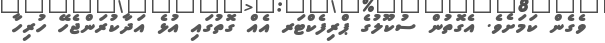
ވެގެން ކަމަށެވެ. އެގޮތުން ސުކޫލުގެ ޕްރިފެކްޓަރ އެއް ގޮތުގައި އުޅެ އަދާކުރަންޖެހޭ ހުރިހާ